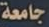
جامعة